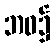
ဘဝ၌